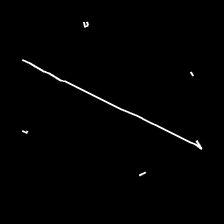
Glyph: cool